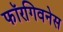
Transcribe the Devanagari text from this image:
फॉरगिवनेस